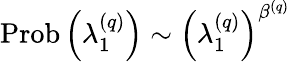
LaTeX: \operatorname{Prob}\left(\lambda_{1}^{\left(q\right)}\right)\sim\left(\lambda_{1}^{\left(q\right)}\right)^{\beta^{\left(q\right)}}